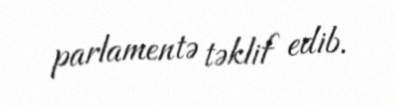
parlamentə təklif edib.